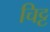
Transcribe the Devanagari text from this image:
चिट्ट